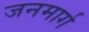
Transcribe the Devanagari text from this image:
जनमार्ग